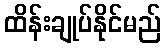
ထိန်းချုပ်နိုင်မည်